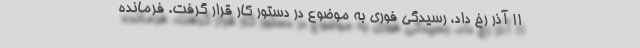
11 آذر رخ داد، رسیدگی فوری به موضوع در دستور کار قرار گرفت. فرمانده